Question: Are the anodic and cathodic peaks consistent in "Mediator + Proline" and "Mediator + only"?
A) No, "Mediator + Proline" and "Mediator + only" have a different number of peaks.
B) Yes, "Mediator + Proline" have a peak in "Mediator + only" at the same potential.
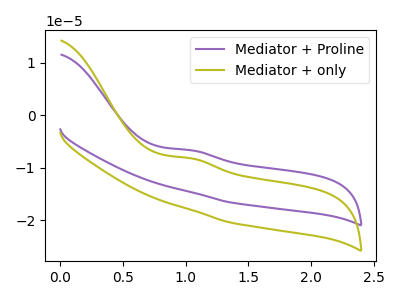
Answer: <think>The purple curve "Mediator + Proline" has an anodic peak at: (1.05V, -6.65uA). The olive curve "Mediator + only" has an anodic peak at: (1.05V, -8.20uA).</think>
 <answer>B) Yes, "Mediator + Proline" have a peak in "Mediator + only" at the same potential.</answer>
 <eval>B</eval>